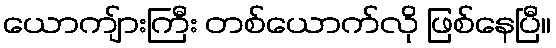
ယောကျ်ားကြီး တစ်ယောက်လို ဖြစ်နေပြီ။